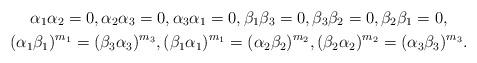
LaTeX: \begin{gather*} \alpha_1 \alpha_2 = 0, \alpha_2 \alpha_3 = 0, \alpha_3 \alpha_1 = 0, \beta_1 \beta_3 = 0, \beta_3 \beta_2 = 0, \beta_2 \beta_1 = 0, \\ (\alpha_1 \beta_1)^{m_1} = (\beta_3 \alpha_3)^{m_3}, (\beta_1 \alpha_1)^{m_1} = (\alpha_2 \beta_2)^{m_2}, (\beta_2 \alpha_2)^{m_2} = (\alpha_3 \beta_3)^{m_3}.\end{gather*}